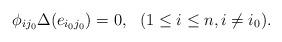
LaTeX: \begin{align*} \phi_{ij_0}\Delta(e_{i_0j_0})=0,\ \ (1\leq i\leq n, i\ne i_0). \end{align*}